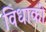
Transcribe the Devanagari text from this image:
विधाकी